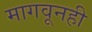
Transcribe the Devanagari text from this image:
मागवूनही